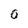
Character: 0